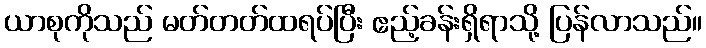
ယာစုကိုသည် မတ်တတ်ထရပ်ပြီး ဧည့်ခန်းရှိရာသို့ ပြန်လာသည်။